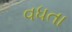
વધતા